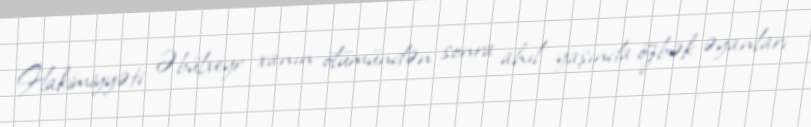
Hakimiyyəti Əbülxeyr xanın ölümündən sonra ahıl yaşında özbək əyanları